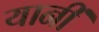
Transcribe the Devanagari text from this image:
यानीं